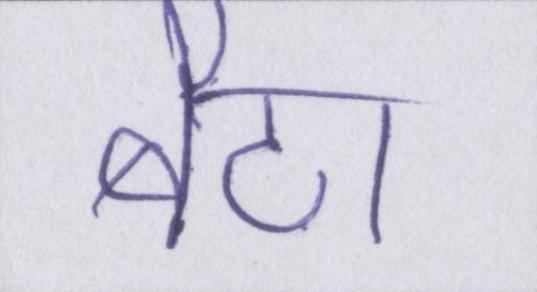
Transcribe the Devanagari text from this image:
बैठा